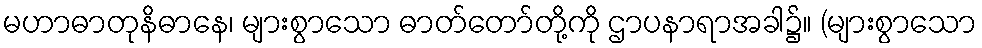
မဟာဓာတုနိဓာနေ၊ များစွာသော ဓာတ်တော်တို့ကို ဌာပနာရာအခါ၌။ (များစွာသော